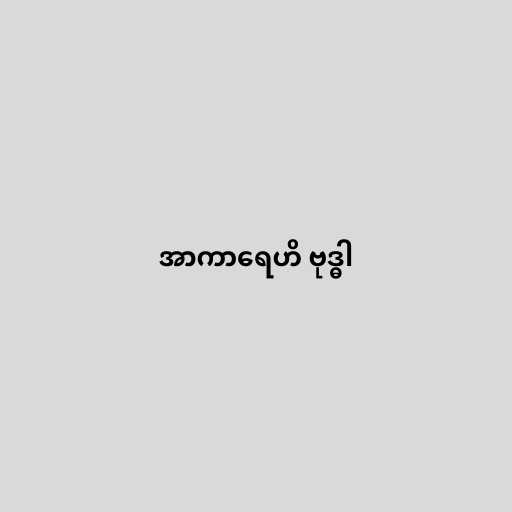
အာကာရေဟိ ဗုဒ္ဓါ